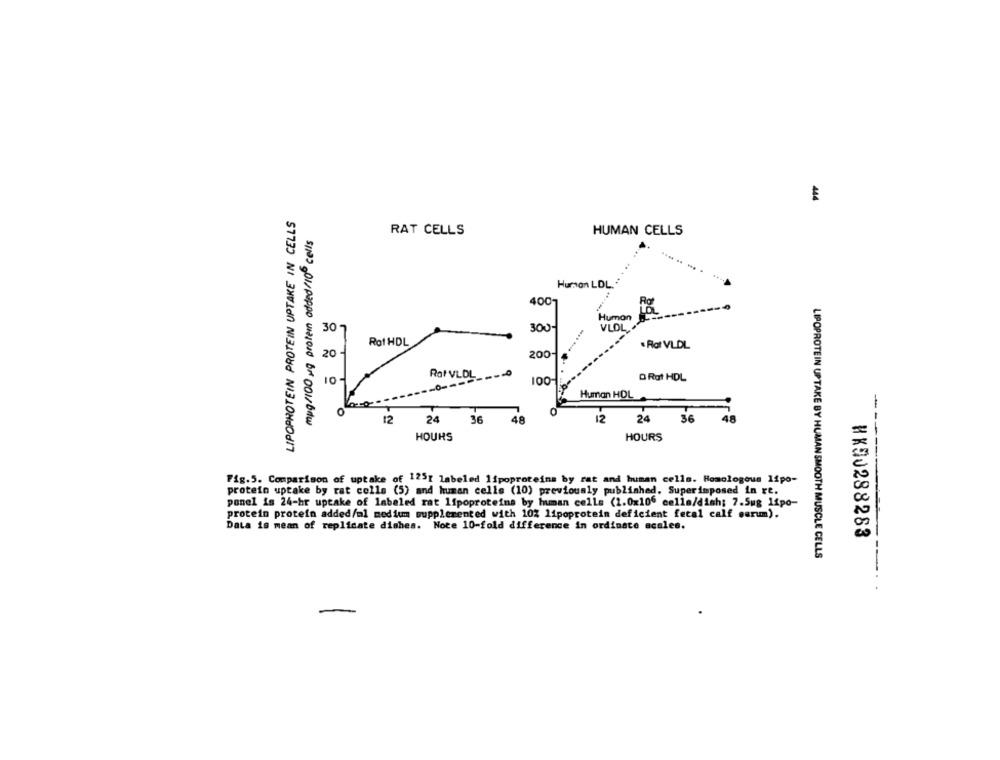
444
LIPOPROTEIN PROTEIN UPTAKE IN CELLS
RAT CELLS
HUMAN CELLS
Human LDL."
4001
Human
30-
300-
VLOL,
Rot HDL
Rat VLDL
20
200-
Rat VLDL_ _-
100-
O Rat HDL
Human HOL
-
0
12
24
48
12
36
48
5133 01/Pippo unaJord Bre 001/ bitw
36
24
HOURS
HOURS
Fig.5. Comparison of uptake of 125[ labeled lipoproteins by rat and human cells. Homologous 11po-
protein uptake by rat cells (5) and human cells (10) previously published. Superimposed in re.
ponel is 24-hr uptake of labeled rat lipoproteins by human cells (1.0x106 celle/dish; 7.Sug 11po-
protein protein added/ml medium supplemented with 10% lipoprotein deficient fecal calf ourum).
Data is mean of replicate dishes. Note 10-fold difference in ordinace scales.
HK50288283
LIPOPROTEIN UPTAKE BY HUMAN SMOOTH MUSCLE CELLS